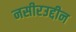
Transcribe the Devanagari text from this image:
नसीरउद्दीन